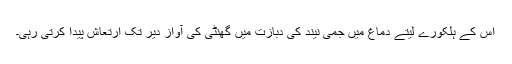
اس کے ہلکورے لیتے دماغ میں جمی نیند کی دبازت میں گھنٹی کی آواز دیر تک ارتعاش پیدا کرتی رہی۔